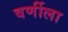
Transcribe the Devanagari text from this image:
वर्णीला